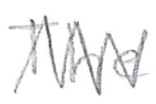
Text: The
Cross-out: mix
Writing tool: pencil